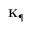
\mathbf { K } _ { \P }